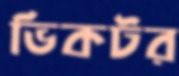
ভিকটর